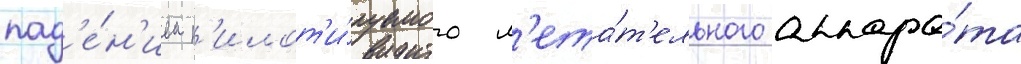
пад'е́н'ием п'илот'и́руемого л'ета́т'ельного аппара́та